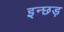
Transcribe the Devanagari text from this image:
इन्छड़